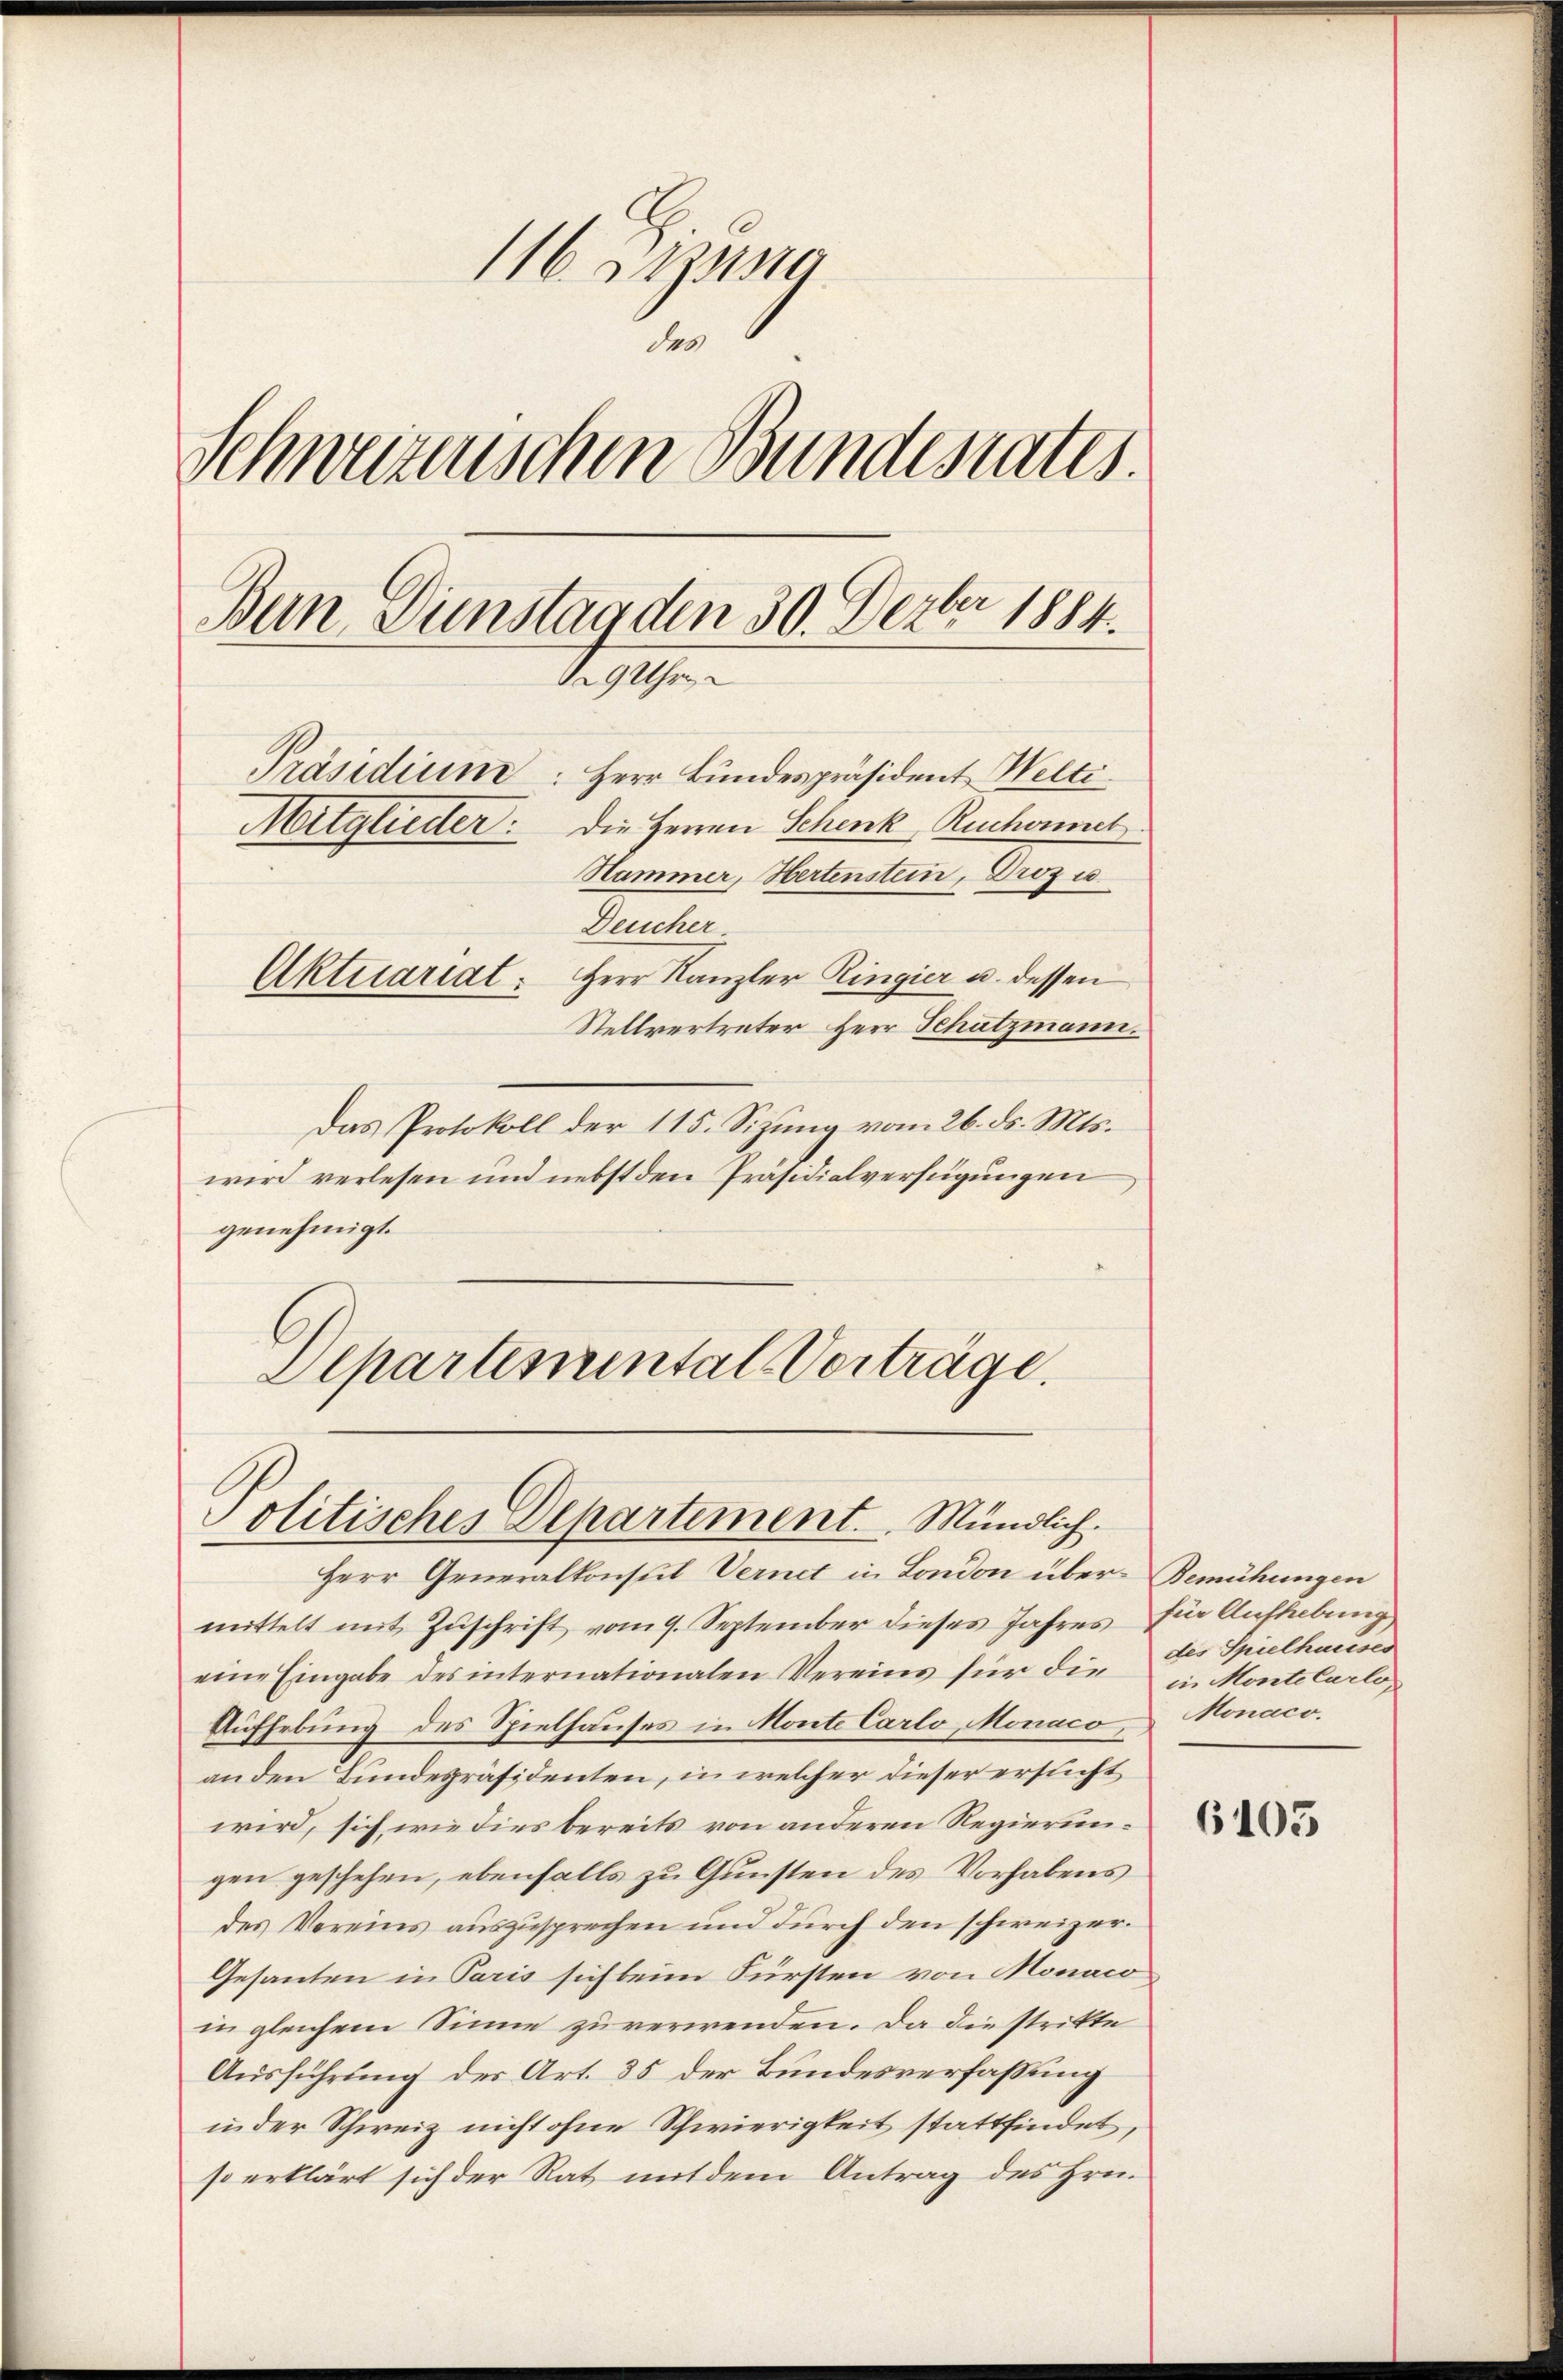
116. Btzung
des
Schweizerischen Bundesrates.
Ban Dinstag den 30. Dezbr 1884.
a 9 Uhr
Präsidium: Herr Bundespräsident Welti.
Die Herren Schenk, Ruchornet.
Mitglieder:
Hammer, Hertenstein, Drozu
Deucher

Herr Kanzler Ringier u. dessen
Stellvertreter Herr Schatzmann.
Das Protokoll der 115. Sizung vom 26. ds. Mts.
wird verlesen und nebst den Präsidialverfügungen,
genehmigt.
Departemental-Verträge.

Aktuariat

Herr Generalkonsul Vernet in London über- Bemühungen
mittelt mit Zuschrift vom 9. September dieses Jahres für Aufhebung
eine Eingabe des internationalen Vereins für die in Monte Carlo¬
Aufhebung des Spielhauses in Monte Carlo, Monaco,
an den Bundespräsidenten, in welcher dieser ersucht
wird, sich wie dies bereits von anderen Regierungen geschehen, ebenfalls zu Gunsten des Vorhabens
des Vereins auszusprechen und durch den schweizer¬
Gesanten in Paris sich beim Fürsten von Monaco
in gleichem Sinne zu verwenden. Da die strikte
Ausführung des Art. 35 der Bundesverfaßung
in der Schweiz nicht ohne Schwierigkeit stattfindet,
so erklärt sich der Rat mit dem Antrag des Hrn.

Politisches Departement. Mündlich.

des Spielhauses
Monaco.

6105